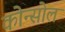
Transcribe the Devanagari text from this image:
कोन्सोल